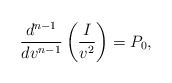
\begin{align*} \frac{d^{n-1}}{dv^{n-1}}\left(\frac{I}{v^2}\right)=P_0,\end{align*}